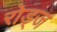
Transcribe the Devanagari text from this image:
रोड्ज